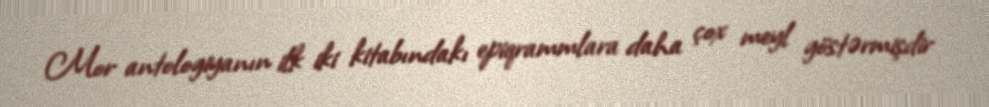
Mor antologiyanın ilk iki kitabındakı epiqrammlara daha çox meyl göstərmişdir